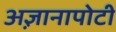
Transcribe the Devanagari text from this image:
अ़ज्ञानापोटी